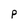
Character: P